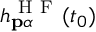
h _ { \mathbf { p } \alpha } ^ { \mathrm { ~ H ~ F ~ } } ( t _ { 0 } )